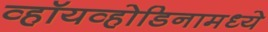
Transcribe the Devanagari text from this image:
व्हॉयव्होडिनामध्ये